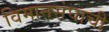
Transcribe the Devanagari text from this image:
विमानसंघाची